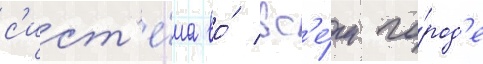
с'ист'е́ма во́ вс'е́м го́род'е